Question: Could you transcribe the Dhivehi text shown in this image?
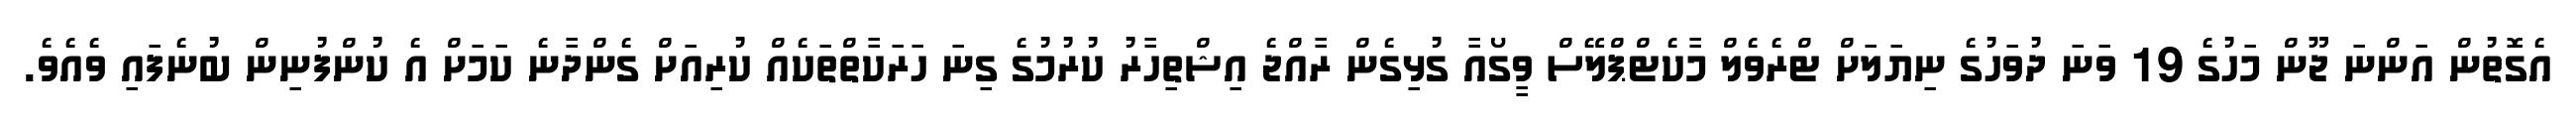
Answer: އެގޮތުން އަންނަ ޖޫން މަހުގެ 19 ވަނަ ދުވަހުގެ ނިޔަލަށް ޓްރެވެލް މާކެޓްޕްލޭސް ވީގޯއާ ގުޅިގެން ރާއްޖެ އިޝްތިހާރު ކުރުމުގެ ގިނަ ހަރަކާތްތަކެއް ކުރިއަށް ގެންދާނެ ކަމަށް އެ ކުންފުނިން ބުނެފައި ވެއެވެ.